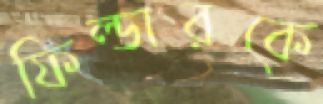
ফিল্ডারকে